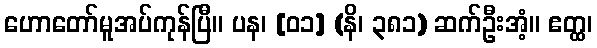
ဟောတော်မူအပ်ကုန်ပြီ။ ပန၊ [၀၁] (နိ၊ ၃၈၁) ဆက်ဦးအံ့။ ဧတ္ထ၊